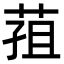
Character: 𮏢